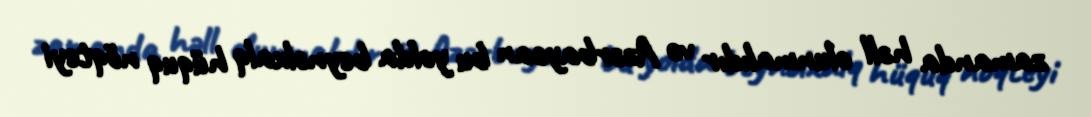
zamanda həll olunmalıdır və Azərbaycan bu yolda beynəlxalq hüquq nöqteyi